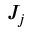
J _ { j }